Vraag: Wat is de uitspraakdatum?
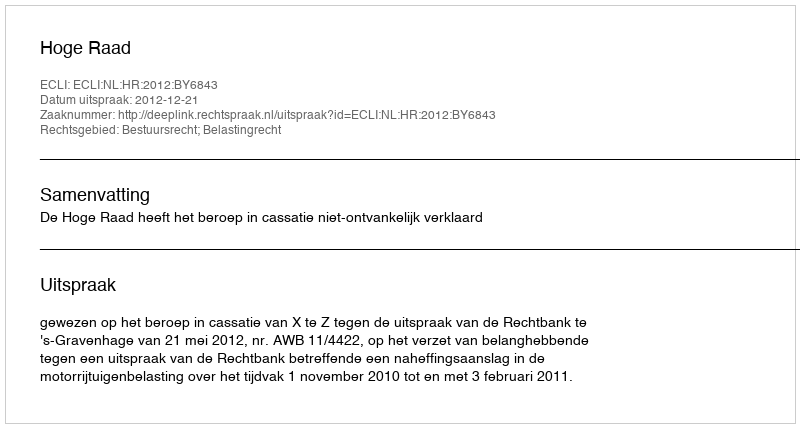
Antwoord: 2012-12-21